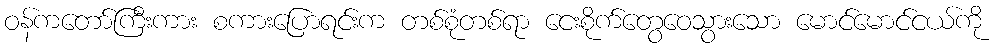
ဝန်ကတော်ကြီးကား စကားပြောရင်းက တစ်စုံတစ်ရာ ငေးစိုက်တွေဝေသွားသော မောင်မောင်ငယ်ကို